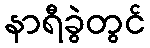
နာရီခွဲတွင်